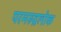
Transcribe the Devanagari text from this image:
परमरुद्रलोक